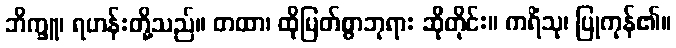
ဘိက္ခူ၊ ရဟန်းတို့သည်။ တထာ၊ ထိုမြတ်စွာဘုရား ဆိုတိုင်း။ ကရိံသု၊ ပြုကုန်၏။